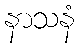
နာသနံ